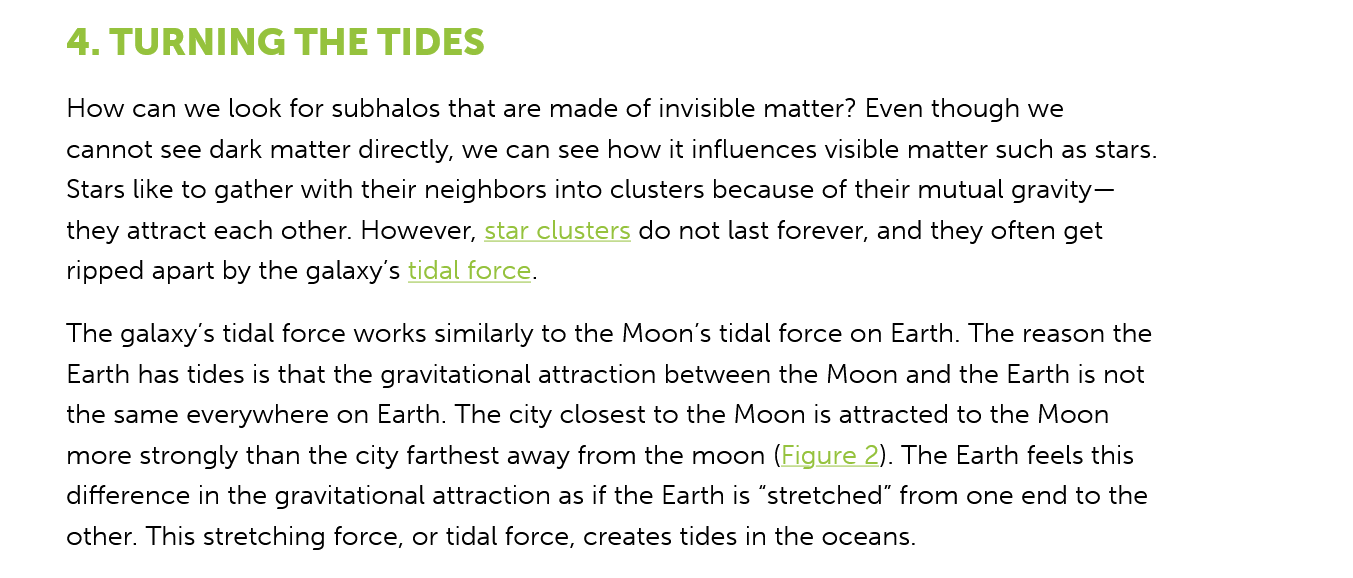
How can  we look for subhalos that are made of invisible matter? Even though we
     cannot see dark matter directly, we can see how it influences visible matter such as stars.
     Stars like to gather with their neighbors into clusters because of their mutual gravity—
     they attract each other. However, star clusters do not last forever, and they often get
     ripped apart by the galaxy’s tidal force.
     The galaxy’s tidal force works similarly to the Moon's tidal force on Earth. The reason the
     Earth has tides is that the gravitational attraction between the Moon and the Earth is not
     the same everywhere on Earth. The city closest to the Moon is attracted to the Moon
     more  strongly than the city farthest away from the moon (Figure 2). The Earth feels this
     difference in the gravitational attraction as if the Earth is “stretched” from one end to the
     other. This stretching force, or tidal force, creates tides in the oceans.
     4. TURNING    THE   TIDES